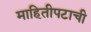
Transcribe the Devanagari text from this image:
माहितीपटाची